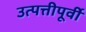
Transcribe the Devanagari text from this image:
उत्पत्तीपूर्वी